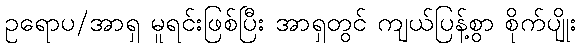
ဥရောပ/အာရှ မူရင်းဖြစ်ပြီး အာရှတွင် ကျယ်ပြန့်စွာ စိုက်ပျိုး